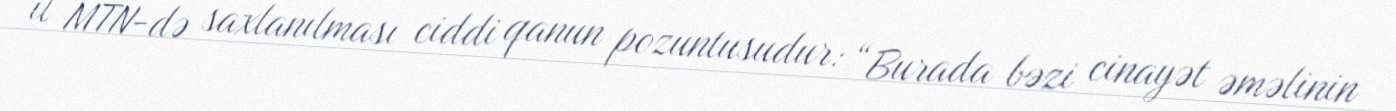
il MTN-də saxlanılması ciddi qanun pozuntusudur: “Burada bəzi cinayət əməlinin